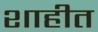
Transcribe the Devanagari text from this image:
शाहीत